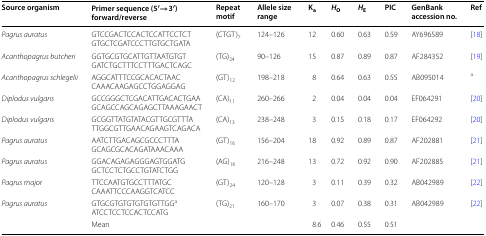
<table><thead><tr><td><b>Source organism</b></td><td><b>Primer sequence (5′→3′) forward/reverse</b></td><td><b>Repeat motif</b></td><td><b>Allele size range</b></td><td><b>K<sub>a</sub></b></td><td><b><i>H</i><sub>O</sub></b></td><td><b><i>H</i><sub>E</sub></b></td><td><b>PIC</b></td><td><b>GenBank accession no.</b></td><td><b>Ref</b></td></tr></thead><tbody><tr><td><i>Pagrus auratus</i></td><td>GTCCGACTCCACTCCATTCCTCTGTGCTCGATCCCTTGTGCTGATA</td><td>(CTGT)<sub>7</sub></td><td>124–126</td><td>12</td><td>0.60</td><td>0.63</td><td>0.59</td><td>AY696589</td><td>[18]</td></tr><tr><td><i>Acanthopagrus butcheri</i></td><td>GGTGCGTGCATTGTTAATGTGTGATCTGCTTTCCTTTGACTCAGC</td><td>(TG)<sub>24</sub></td><td>90–126</td><td>15</td><td>0.87</td><td>0.89</td><td>0.87</td><td>AF284352</td><td>[19]</td></tr><tr><td><i>Acanthopagrus schlegelii</i></td><td>AGGCATTTCCGCACACTAACCAAACAAGAGCCTGGAGGAG</td><td>(GT)<sub>12</sub></td><td>198–218</td><td>8</td><td>0.64</td><td>0.63</td><td>0.55</td><td>AB095014</td><td><sup>a</sup></td></tr><tr><td><i>Diplodus vulgaris</i></td><td>GCCGGGCTCGACATTGACACTGAAGCAGCCAGCAGAGCTTAAAGAACT</td><td>(CA)<sub>11</sub></td><td>260–266</td><td>2</td><td>0.04</td><td>0.04</td><td>0.04</td><td>EF064291</td><td>[20]</td></tr><tr><td><i>Diplodus vulgaris</i></td><td>GCGGTTATGTATACGTTGCGTTTATTGGCGTTGAACAGAAGTCAGACA</td><td>(CA)<sub>13</sub></td><td>238–248</td><td>3</td><td>0.15</td><td>0.18</td><td>0.17</td><td>EF064292</td><td>[20]</td></tr><tr><td><i>Pagrus auratus</i></td><td>AATCTTGACAGCGCCCTTTAGCAGCGCACAGATAAACAAA</td><td>(GT)<sub>16</sub></td><td>156–204</td><td>18</td><td>0.92</td><td>0.89</td><td>0.87</td><td>AF202881</td><td>[21]</td></tr><tr><td><i>Pagrus auratus</i></td><td>GGACAGAGAGGGAGTGGATGGCTCCTCTGCCTGTATCTGG</td><td>(AG)<sub>16</sub></td><td>216–248</td><td>13</td><td>0.72</td><td>0.92</td><td>0.90</td><td>AF202885</td><td>[21]</td></tr><tr><td><i>Paqrus major</i></td><td>TTCCAATGTGCCTTTATGCCAAATTCCCAAGGTCATCC</td><td>(GT)<sub>24</sub></td><td>120–128</td><td>3</td><td>0.11</td><td>0.39</td><td>0.32</td><td>AB042989</td><td>[22]</td></tr><tr><td><i>Pagrus auratus</i></td><td>GTGCGTGTGTGTGTGTTGG<sup>a</sup>ATCCTCCTCCACTCCATG</td><td>(TG)<sub>21</sub></td><td>160–170</td><td>3</td><td>0.07</td><td>0.38</td><td>0.31</td><td>AB042989</td><td>[22]</td></tr><tr><td></td><td>Mean</td><td></td><td></td><td>8.6</td><td>0.46</td><td>0.55</td><td>0.51</td><td colspan="2"></td></tr></tbody></table>